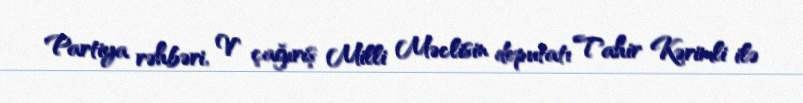
Partiya rəhbəri, V çağırış Milli Məclisin deputatı Tahir Kərimli ilə